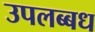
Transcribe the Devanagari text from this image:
उपलब्बध